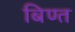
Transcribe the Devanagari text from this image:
बिण्त